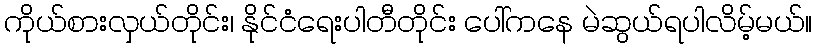
ကိုယ်စားလှယ်တိုင်း၊ နိုင်ငံရေးပါတီတိုင်း ပေါ်ကနေ မဲဆွယ်ရပါလိမ့်မယ်။